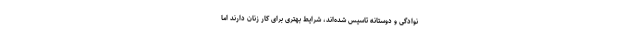
نوادگی و دوستانه تاسیس شده‌اند، شرایط بهتری برای کار زنان دارند اما